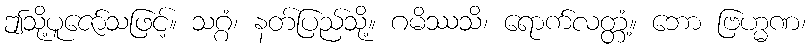
ဤသို့ပူဇော်သဖြင့်။ သဂ္ဂံ၊ နတ်ပြည်သို့။ ဂမိဿသိ၊ ရောက်လတ္တံ့။ ဘော ဗြဟ္မဏ၊